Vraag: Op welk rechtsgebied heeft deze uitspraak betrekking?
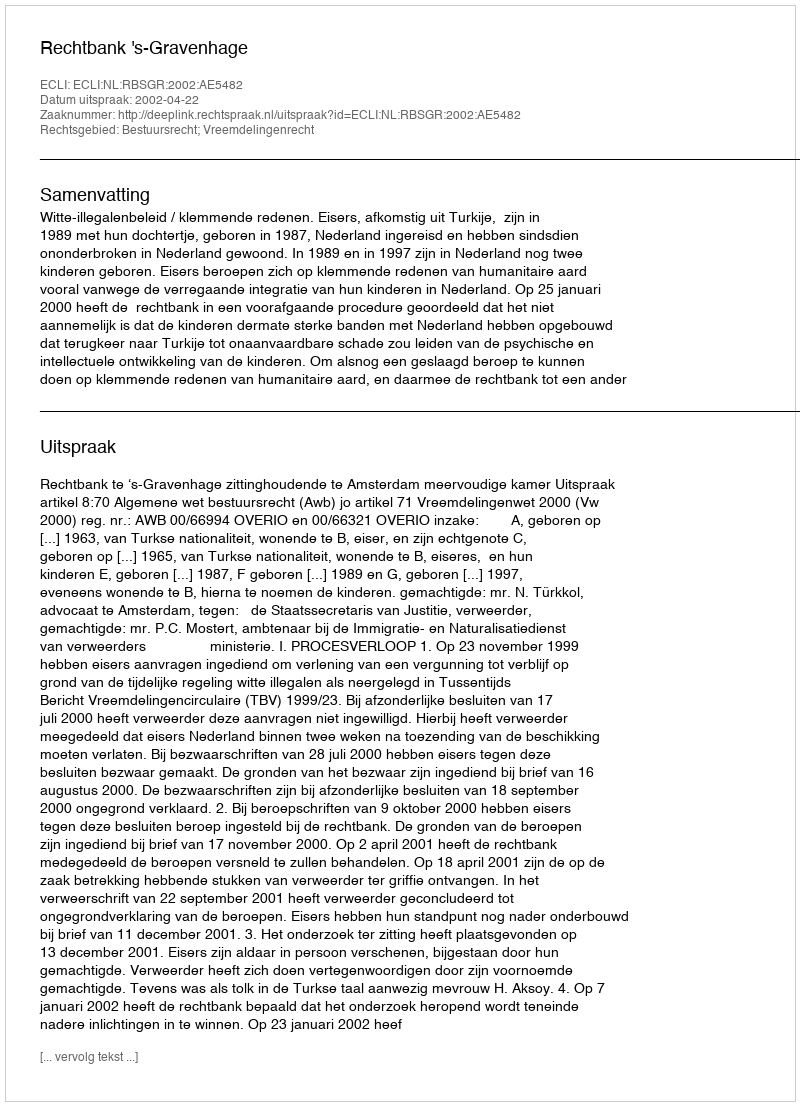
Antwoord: Bestuursrecht; Vreemdelingenrecht